Lunatic asylums Bombay report 1891-1903 - 1891-1903
Year: 1891
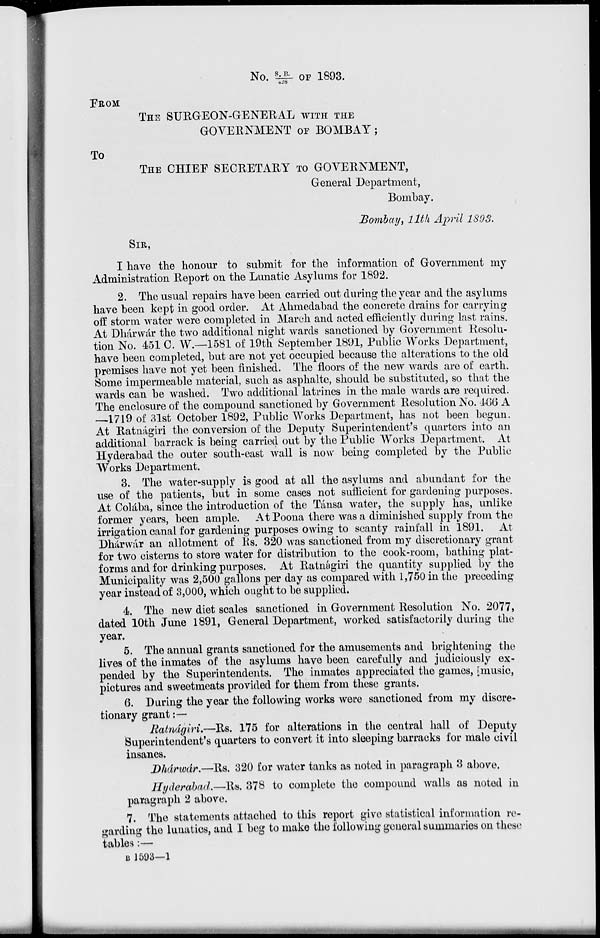
No. S.B./428 OF 1893.
FROM
THE SURGEON-GENERAL WITH THE
GOVERNMENT OF BOMBAY;
To
THE CHIEF SECRETARY TO GOVERNMENT,
General Department,
Bombay.
Bombay, 11th April 1893.
SIR,
I have the honour to submit for the information of Government my
Administration Report on the Lunatic Asylums for 1892.
2. The usual repairs have been carried out during the year and the asylums
have been kept in good order. At Ahmedabad the concrete drains for carrying
off storm water were completed in March and acted efficiently during last rains.
At Dhárwár the two additional night wards sanctioned by Government Resolu-
tion No. 451 C. W.—1581 of 19th September 1891, Public Works Department,
have been completed, but are not yet occupied because the alterations to the old
premises have not yet been finished. The floors of the new wards are of earth.
Some impermeable material, such as asphalte, should be substituted, so that the
wards can be washed. Two additional latrines in the male wards are required.
The enclosure of the compound sanctioned by Government Resolution No. 466 A
—1719 of 31st October 1892, Public Works Department, has not been begun.
At Ratnágiri the conversion of the Deputy Superintendent's quarters into an
additional barrack is being carried out by the Public Works Department. At
Hyderabad the outer south-east wall is now being completed by the Public
Works Department.
3. The water-supply is good at all the asylums and abundant for the
use of the patients, but in some cases not sufficient for gardening purposes.
At Colába, since the introduction of the Tánsa water, the supply has, unlike
former years, been ample. At Poona there was a diminished supply from the
irrigation canal for gardening purposes owing to scanty rainfall in 1891. At
Dhárwár an allotment of Rs. 320 was sanctioned from my discretionary grant
for two cisterns to store water for distribution to the cook-room, bathing plat-
forms and for drinking purposes. At Ratnágiri the quantity supplied by the
Municipality was 2,500 gallons per day as compared with 1,750 in the preceding
year instead of 3,000, which ought to be supplied.
4. The new diet scales sanctioned in Government Resolution No. 2077,
dated 10th June 1891, General Department, worked satisfactorily during the
year.
5. The annual grants sanctioned for the amusements and brightening the
lives of the inmates of the asylums have been carefully and judiciously ex-
pended by the Superintendents. The inmates appreciated the games, music,
pictures and sweetmeats provided for them from these grants.
6. During the year the following works were sanctioned from my discre-
tionary grant :—
Ratnágiri.—Rs. 175 for alterations in the central hall of Deputy
Superintendent's quarters to convert it into sleeping barracks for male civil
insanes.
Dhárwár.—Rs. 320 for water tanks as noted in paragraph 3 above.
Hyderabad.—Rs. 378 to complete the compound walls as noted in
paragraph 2 above.
7. The statements attached to this report give statistical information re-
garding the lunatics, and I beg to make the following general summaries on these
tables :—
B 1593—1